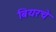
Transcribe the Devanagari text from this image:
बियरचे